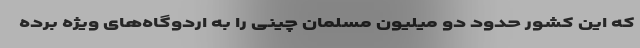
که این کشور حدود دو میلیون مسلمان چینی را به اردوگاه‌های ویژه برده